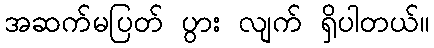
အဆက်မပြတ် ပွား လျက် ရှိပါတယ်။